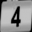
Digit: 4